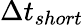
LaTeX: \Delta t_{short}